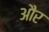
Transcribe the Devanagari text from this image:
और